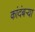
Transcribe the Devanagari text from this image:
कांदंबर्‍या